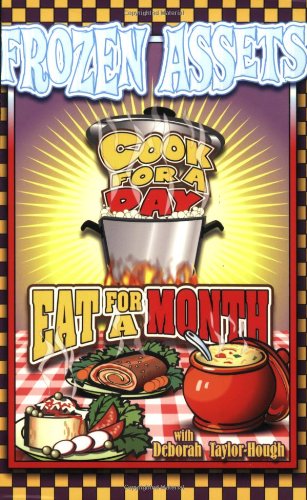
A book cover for Frozen Assets: How to Cook for a Day and Eat for a Month; Deborah Taylor-Hough; Cookbooks, Food & Wine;